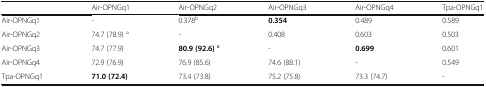
<table><thead><tr><td>[EMPTY_CELL]</td><td><b>Air-OPNGq1</b></td><td><b>Air-OPNGq2</b></td><td><b>Air-OPNGq3</b></td><td><b>Air-OPNGq4</b></td><td><b>Tpa-OPNGq1</b></td></tr></thead><tbody><tr><td>Air-OPNGq1</td><td>-</td><td>0.378<sup>b</sup></td><td><b>0.354</b></td><td>0.489</td><td>0.589</td></tr><tr><td>Air-OPNGq2</td><td>74.7 (78.9) <sup>a</sup></td><td>-</td><td>0.408</td><td>0.603</td><td>0.503</td></tr><tr><td>Air-OPNGq3</td><td>74.7 (77.9)</td><td><b>80.9 (92.6)</b><sup><b>c</b></sup></td><td>-</td><td><b>0.699</b></td><td>0.601</td></tr><tr><td>Air-OPNGq4</td><td>72.9 (76.9)</td><td>76.9 (85.6)</td><td>74.6 (88.1)</td><td>-</td><td>0.549</td></tr><tr><td>Tpa-OPNGq1</td><td><b>71.0 (72.4)</b></td><td>73.4 (73.8)</td><td>75.2 (75.8)</td><td>73.3 (74.7)</td><td>-</td></tr></tbody></table>